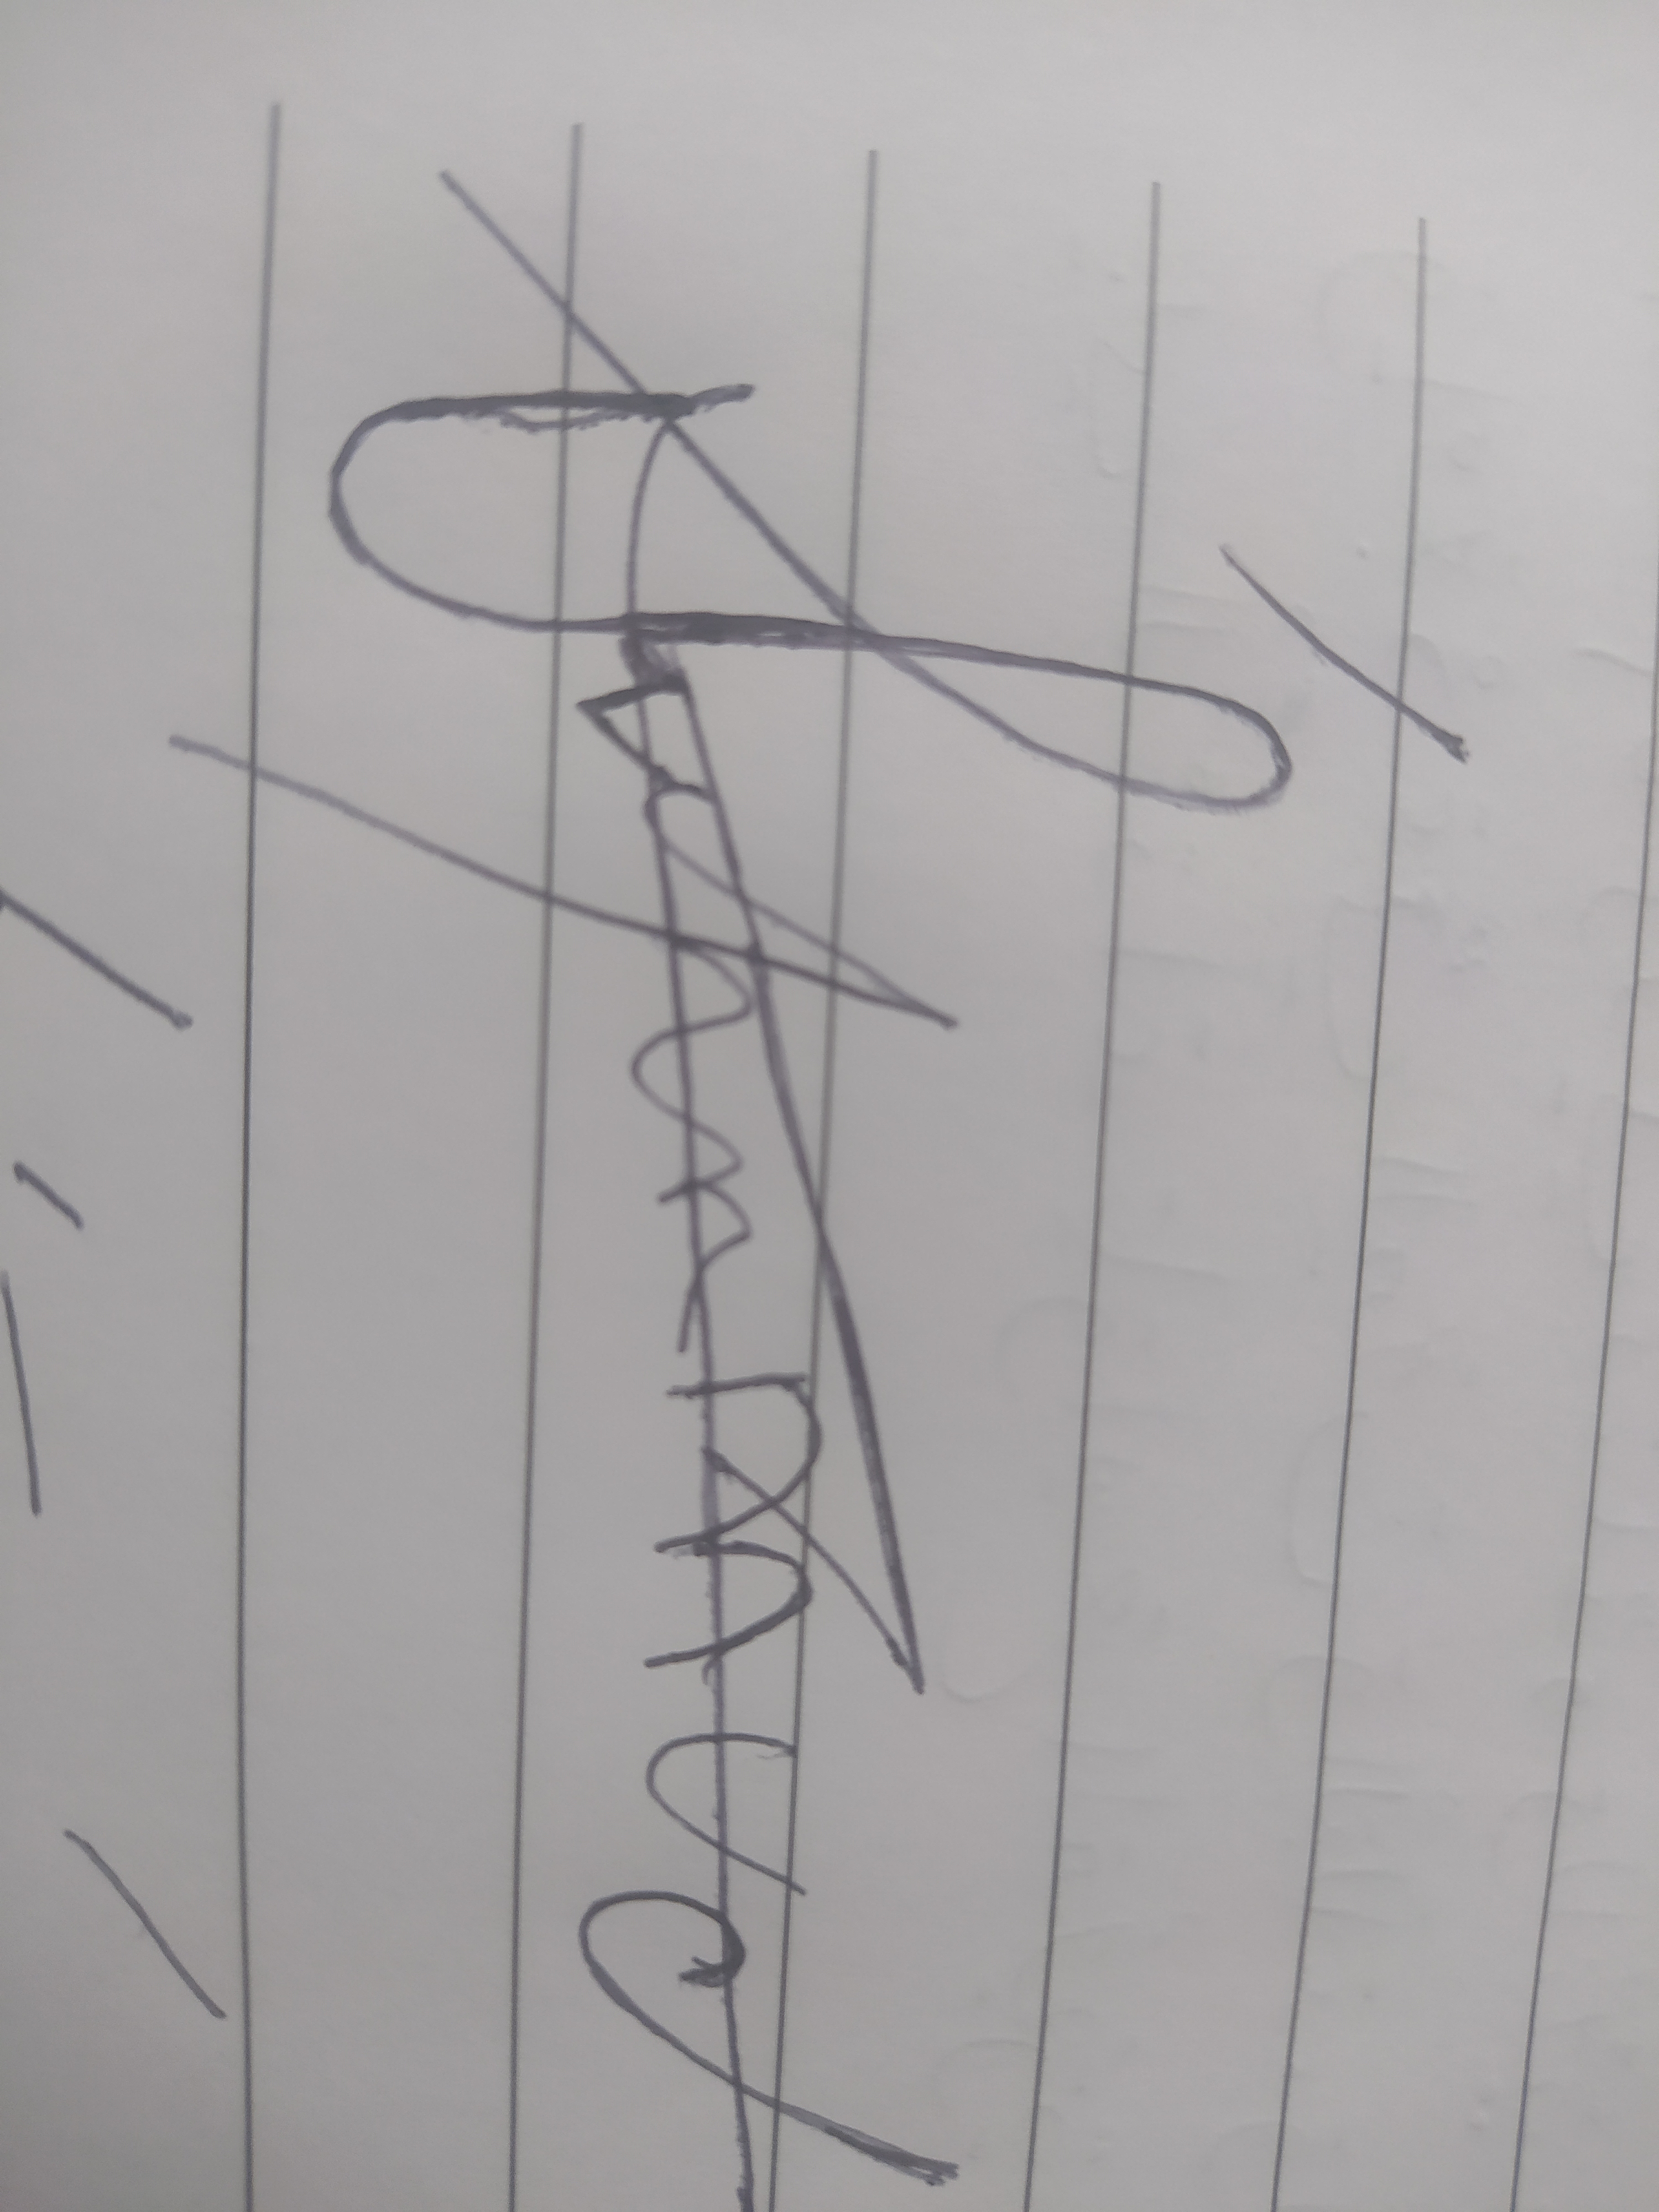
Signature authenticity: forged